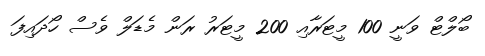
ބޯލްޓް ވަނީ 100 މީޓަރާއި 200 މީޓަރު ރަން މެޑަލް ވެސް ހޯދައިފަ